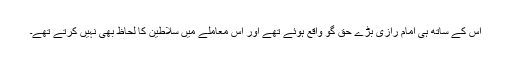
اس کے ساتھ ہی امام رازی بڑے حق گو واقع ہوئے تھے اور اس معاملے میں سلاطین کا لحاظ بھی نہیں کرتے تھے۔